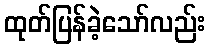
ထုတ်ပြန်ခဲ့သော်လည်း